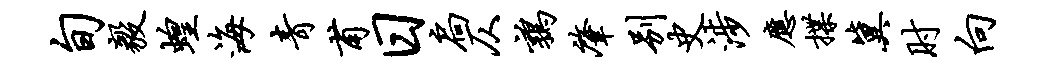
旬毅蝗海青甫日扃仄鹑肇别史涉应揲冀肘向